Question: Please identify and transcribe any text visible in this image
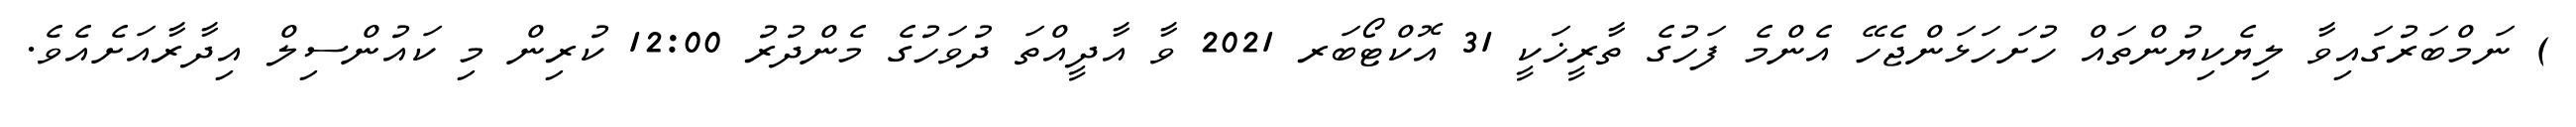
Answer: ) ނަމްބަރުގައިވާ ލިޔެކިޔުންތައް ހުށަހަޅަންޖެހޭ އެންމެ ފަހުގެ ތާރީޚަކީ 31 އޮކްޓޯބަރ 2021 ވާ އާދީއްތަ ދުވަހުގެ މެންދުރު 12:00 ކުރިން މި ކައުންސިލް އިދާރާއަށެއެވެ.